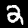
Label: 2